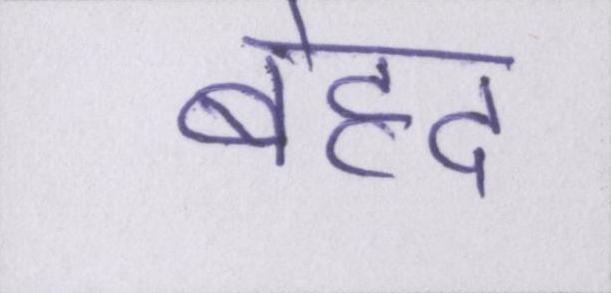
बेहद